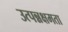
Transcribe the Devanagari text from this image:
उत्पन्नक्षमता